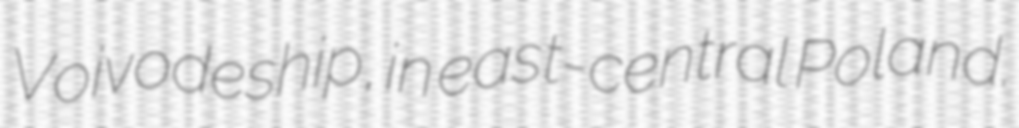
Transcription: Voivodeship, in east-central Poland.